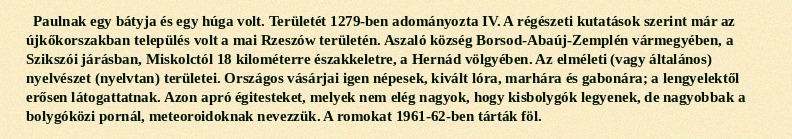
Paulnak egy bátyja és egy húga volt. Területét 1279-ben adományozta IV. A régészeti kutatások szerint már az újkőkorszakban település volt a mai Rzeszów területén. Aszaló község Borsod-Abaúj-Zemplén vármegyében, a Szikszói járásban, Miskolctól 18 kilométerre északkeletre, a Hernád völgyében. Az elméleti (vagy általános) nyelvészet (nyelvtan) területei. Országos vásárjai igen népesek, kivált lóra, marhára és gabonára; a lengyelektől erősen látogattatnak. Azon apró égitesteket, melyek nem elég nagyok, hogy kisbolygók legyenek, de nagyobbak a bolygóközi pornál, meteoroidoknak nevezzük. A romokat 1961-62-ben tárták föl.